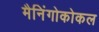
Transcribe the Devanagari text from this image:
मैनिंगोकोकल